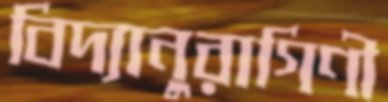
বিদ্যানুরাগিণী